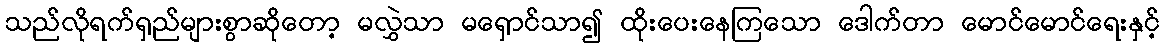
သည်လိုရက်ရှည်များစွာဆိုတော့ မလွှဲသာ မရှောင်သာ၍ ထိုးပေးနေကြသော ဒေါက်တာ မောင်မောင်ရေးနှင့်